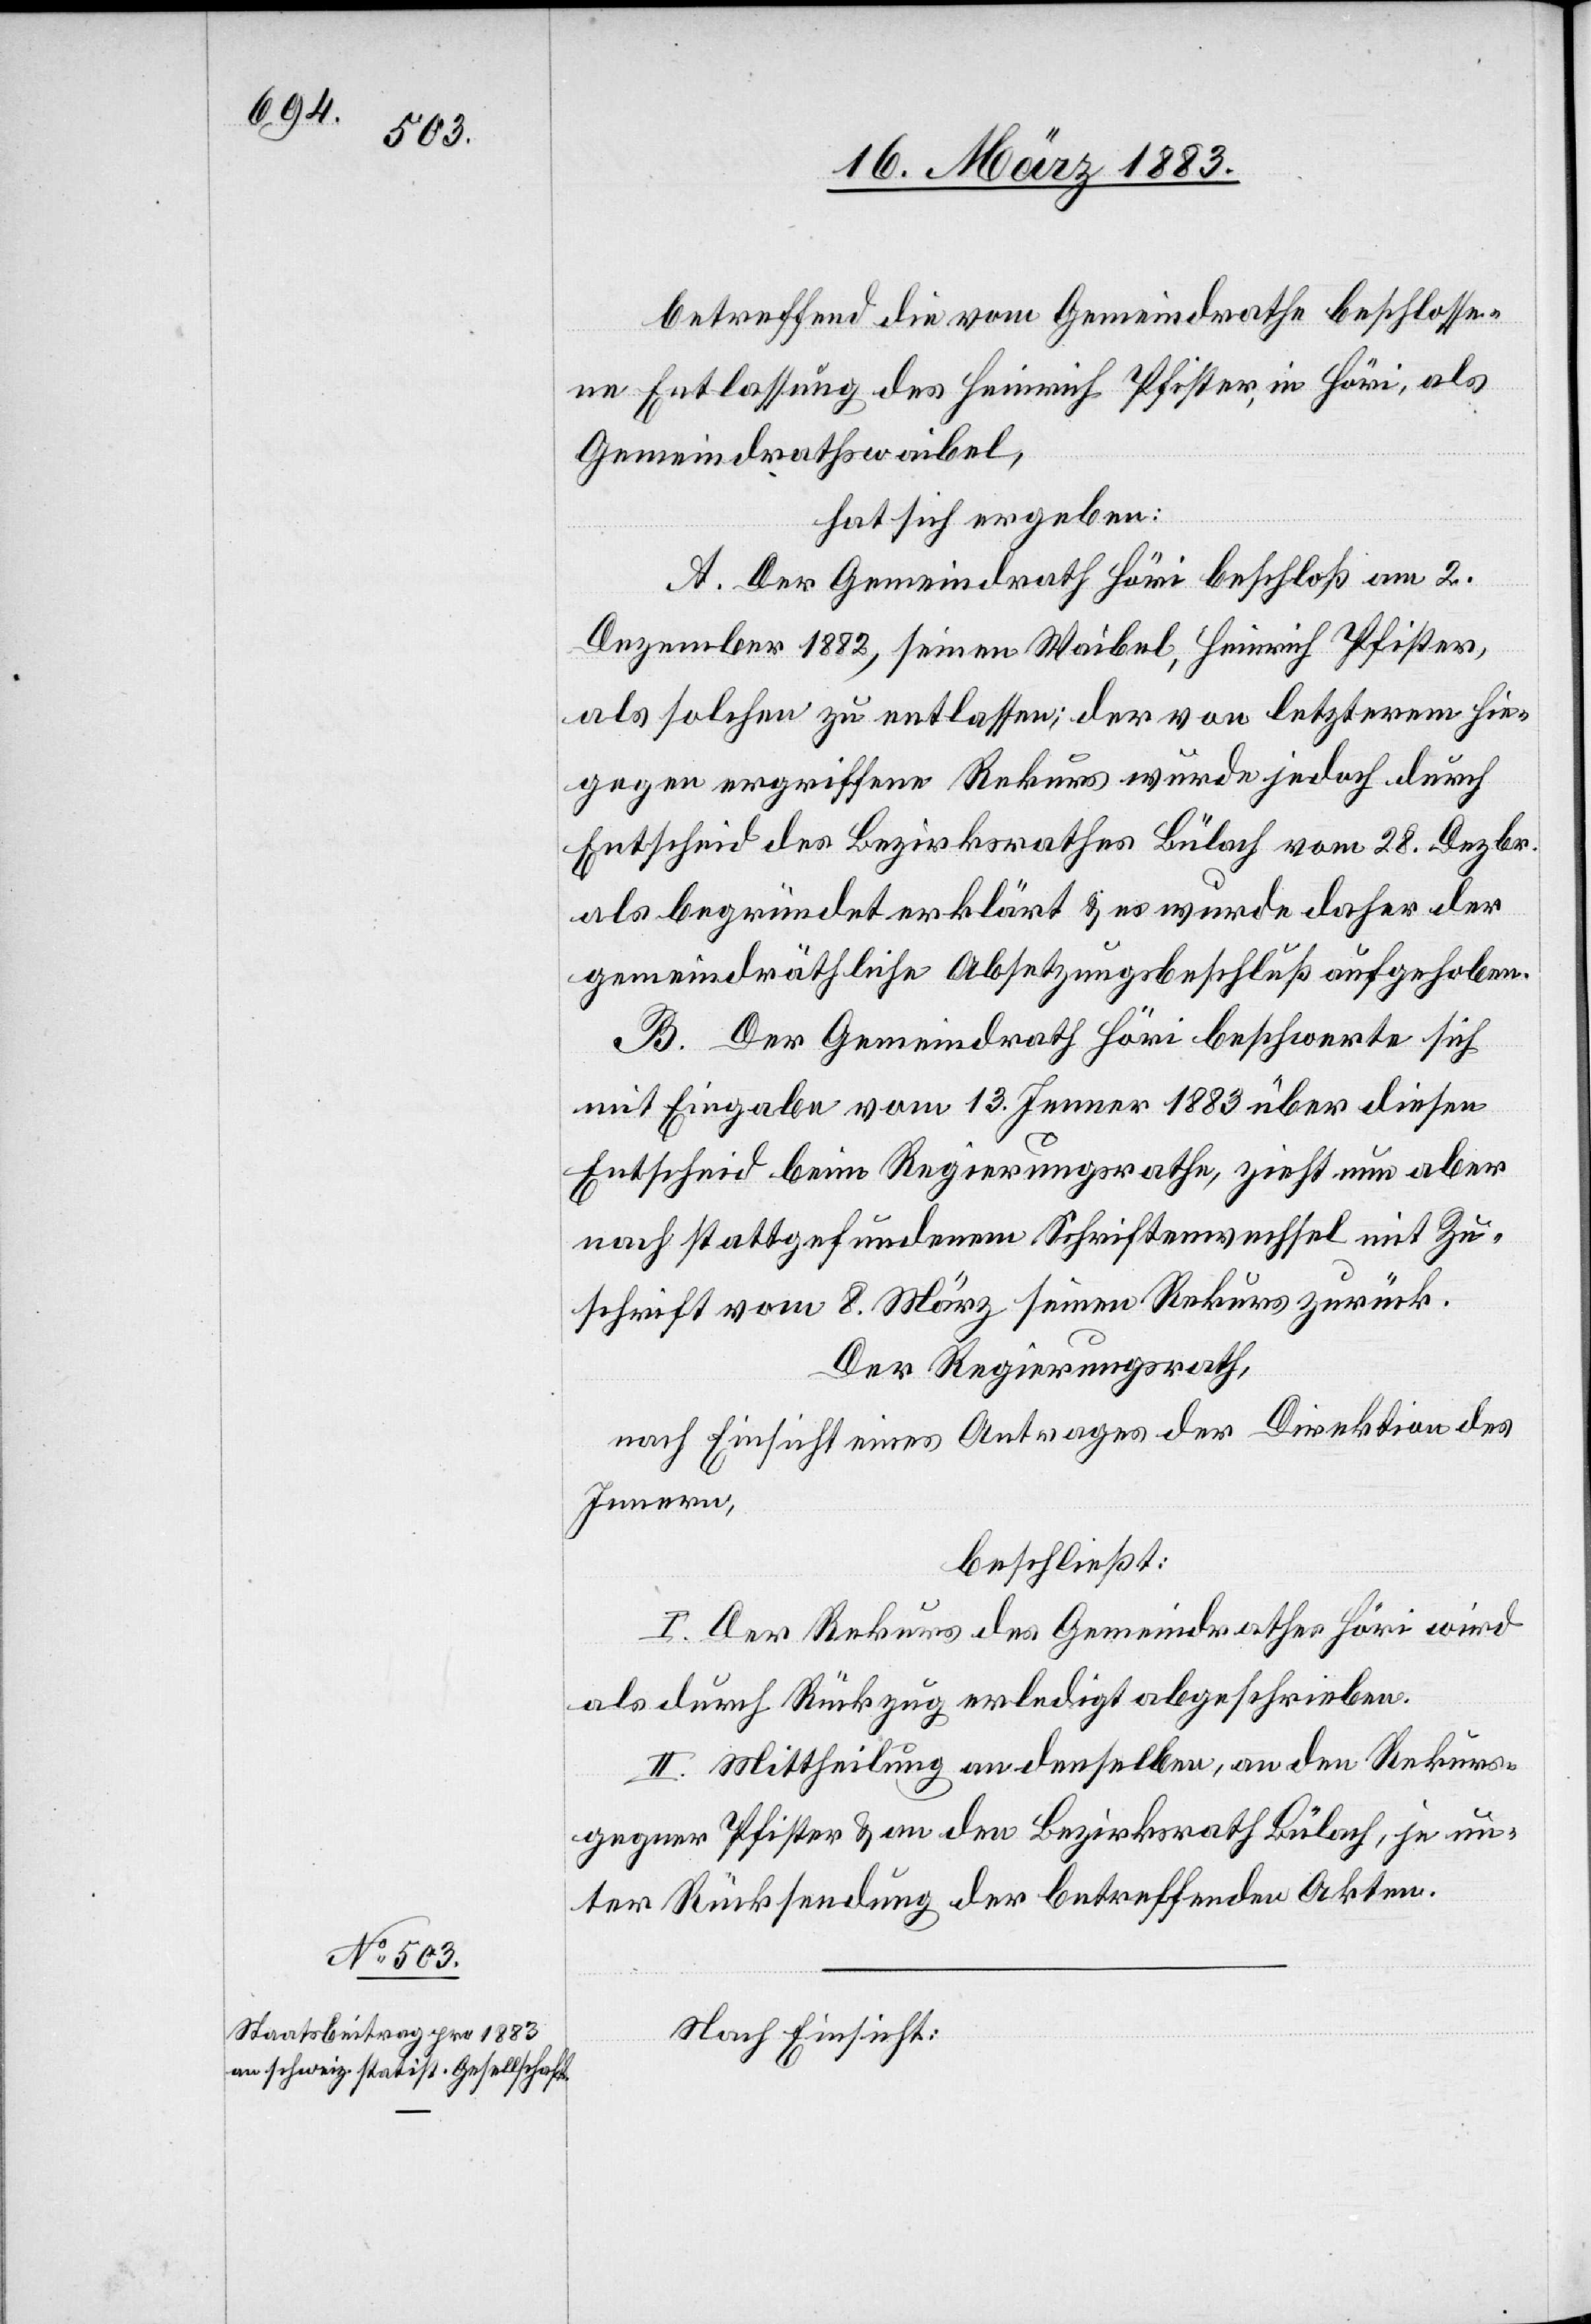
Der Regierungsrath,
nach Einsicht eines Antrages der Direktion des
Innern,
beschließt: